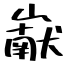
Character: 𰎹